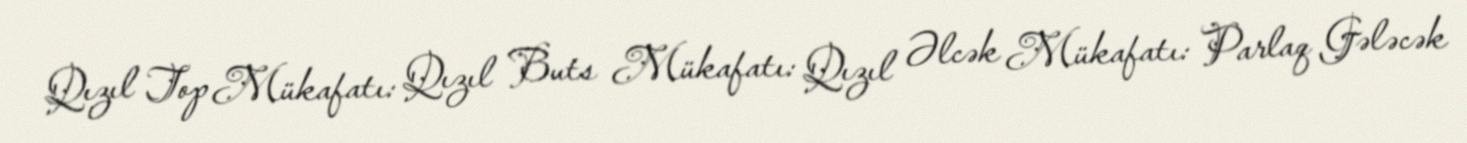
Qızıl Top Mükafatı: Qızıl Buts Mükafatı: Qızıl Əlcək Mükafatı: Parlaq Gələcək